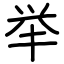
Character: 举